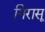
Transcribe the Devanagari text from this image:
गिरासू